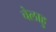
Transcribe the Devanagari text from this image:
चेलाहु